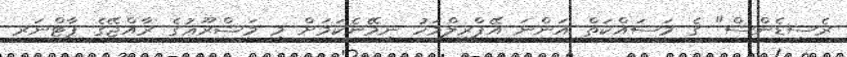
ރެސިޑެންސް" ގެ މަސައްކަތް އަންނަ އޭޕްރީލްމަހު ނިމޭނެކަމަށް މި މަޝްރޫޢުގެ ރާއްޖޭގެ ޕާޓްނަރ